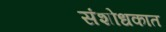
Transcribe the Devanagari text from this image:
संशोधकात